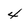
Character: 4